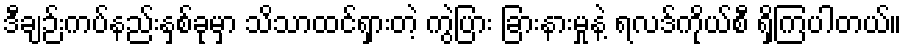
ဒီချဉ်းကပ်နည်းနှစ်ခုမှာ သိသာထင်ရှားတဲ့ ကွဲပြား ခြားနားမှုနဲ့ ရလဒ်ကိုယ်စီ ရှိကြပါတယ်။